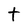
Character: t